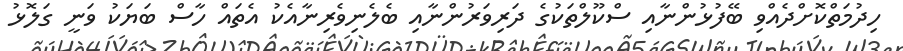
ހިދުމަތްކޮށްދެއްވި ބޭފުޅުންނާއި ސްކޫލްތަކުގެ ދަރިވަރުންނާއި ބެލެނިވެރިނާއެކު އެތައް ހާސް ބަޔަކު ވަނީ ގަލޮޅު